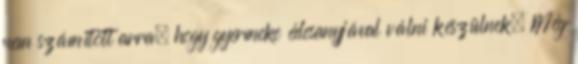
nem számított arra, hogy gyermeke édesanyjával válni készülnek. Még